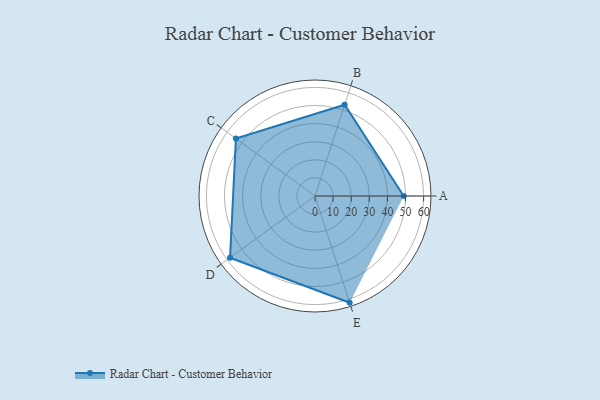
{"axis": {"x": "Skill", "y": "Score"}, "legend": ["Profile"], "data": [{"x": "A", "y": 49.0, "type": "Profile"}, {"x": "B", "y": 53.0, "type": "Profile"}, {"x": "C", "y": 54.0, "type": "Profile"}, {"x": "D", "y": 58.0, "type": "Profile"}, {"x": "E", "y": 62.0, "type": "Profile"}]}